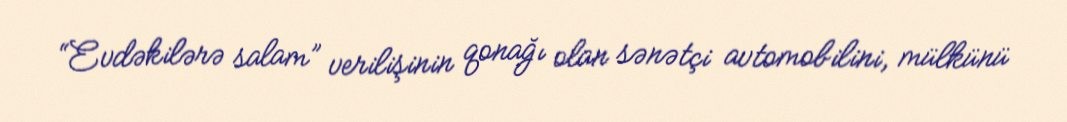
“Evdəkilərə salam” verilişinin qonağı olan sənətçi avtomobilini, mülkünü